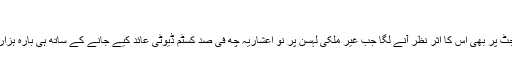
‘
ان کا کہنا ہے کہ سنہ دوہزار ایک میں یورپی یونین کے بجٹ پر بھی اس کا اثر نظر آنے لگا جب غیر ملکی لہسن پر نو اعشاریہ چھ فی صد کسٹم ڈیوٹی عائد کیے جانے کے ساتھ ہی بارہ ہزار یورو فی ٹن کا اضافی محصول بھی اس میں شامل کیا گیا۔